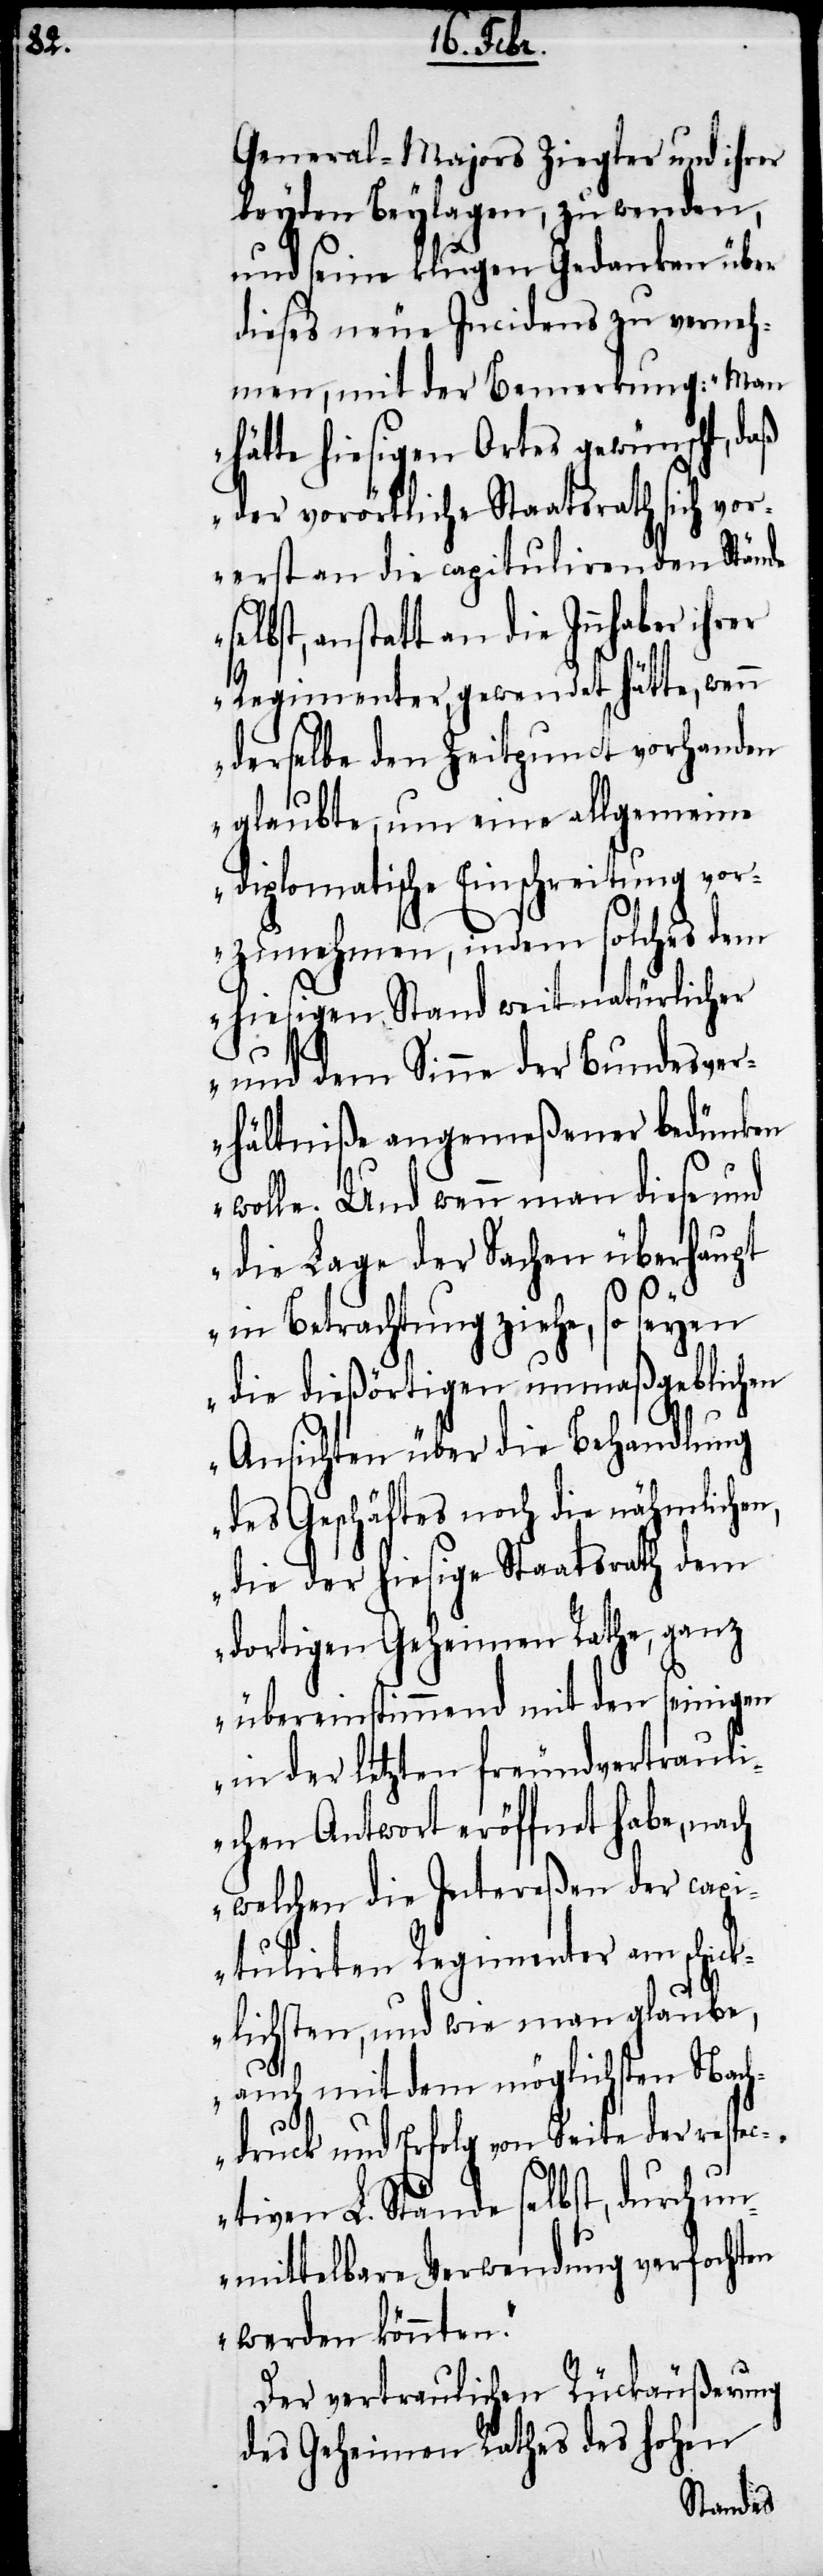
n,

General-Majors Ziegler und ihrer
beyden Beylagen, zu wenden,
und seine klugen Gedanken über
dieses neue Incidens zu verneh¬
men, mit der Bemerkung: „Man
hätte hiesigen Ortes gewünscht, daß
der vorörtliche Staatsrath sich vor¬
erst an die capitulirenden Stände
anstatt an die Inhaber ihrer
Regimenter, gewendet hätte, wenn
derselbe den Zeitpunct vorhanden
glaubte, um eine allgemeine
diplomatische Einschreitung vor¬
zunehmen, indem solches dem
hiesigen Stand weit natürlicher
und dem Sinne der Bundesver¬
hältniße angemeßener bedünken
wolle. Und wenn man diese und
die Lage der Sachen überhaupt
in Betrachtung ziehe, so seyen
die dießörtigen unmaßgeblichen
Ansichten über die Behandlung
des Geschäftes noch die nähmliche¬
die der hiesige Staatsrath dem
dortigen Geheimen Rathe, ganz
übereinstimmend mit den seinigen
in der letzten freundvertraul¬
ichen Antwort eröffnet habe, nach
welchen die Intereßen der capi¬
tulirten Regimenter am schic¬
klichsten, und wie man glaube,
auch mit dem möglichsten Nach¬
druck und Erfolg von Seite der respe¬
ctiven L. Stände selbst, durch un¬
mittelbare Verwendung verfochten
werden könnten.“
Der vertraulichen Rückäußerung
des Geheimen Rathes des hohen